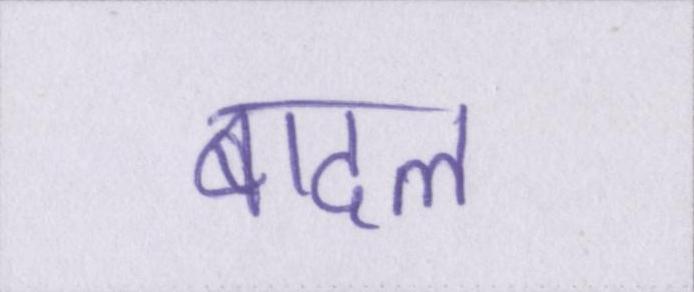
बादल